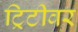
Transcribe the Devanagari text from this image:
ट्रिटीवर